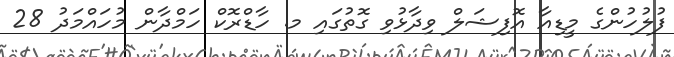
ފުލުހުންގެ މީޑިއާ އޮފިޝަލް ވިދާޅުވި ގޮތުގައި މ. ހާޑްރޮކް ހަމްދާން މުހައްމަދު 28